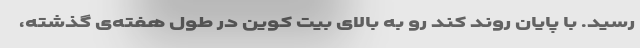
رسید. با پایان روند کند رو به بالای بیت کوین در طول هفته‌ی گذشته،